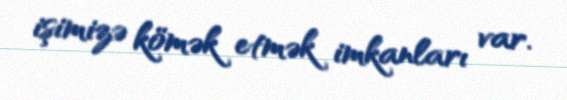
işimizə kömək etmək imkanları var.